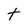
Character: t